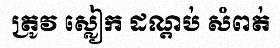
ត្រូវ ស្លៀក ដណ្តប់ សំពត់